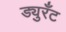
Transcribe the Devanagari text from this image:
ड्युरँट